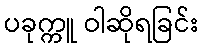
ပခုက္ကူ ဝါဆိုရခြင်း